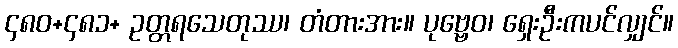
၄၈၀+၄၈၁+ ဥတ္တရသေတုဿ၊ တံတားအား။ ပုဗ္ဗေဝ၊ ရှေးဦးကပင်လျှင်။